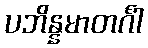
ပဘိန္နမာတင်္ဂါ